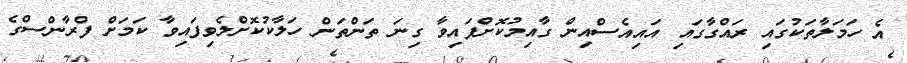
އެ ހަމަލާތަކުގައި ރައްގާގައި އައިއެސްއިން ގާއިމުކޮށްފައިވާ ގިނަ ތަންތަން ހަލާކުކޮށްލެވިފައިވާ ކަމަށް ފްރާންސްގެ